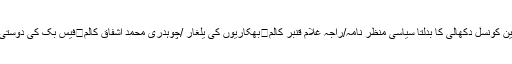
طاہر یاسین طاہر	کالم	عام آدمی کی طاقت/میاں بابر صغیر	کالم	یونین کونسل دکھالی کا بدلتا سیاسی منظر نامہ/راجہ غلام قنبر کالم	بھکاریوں کی یلغار /چوہدری محمد اشفاق کالم	فیس بک کی دوستی اور انجام /عبدالجبار چوہدری	کالم	نوجوان نسل بے راہ روی کا شکار۔